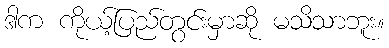
ဒါက ကိုယ့်ပြည်တွင်းမှာဆို မသိသာဘူး။